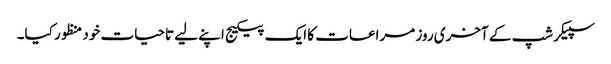
سپیکرشپ کے آخری روز مراعات کا ایک پیکیج اپنے لیے تاحیات خود منظور کیا۔